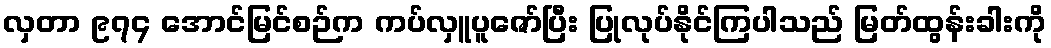
လှတာ ၉၇၄ အောင်မြင်စဉ်က ကပ်လှူပူဇော်ပြီး ပြုလုပ်နိုင်ကြပါသည် မြတ်ထွန်းခါးကို